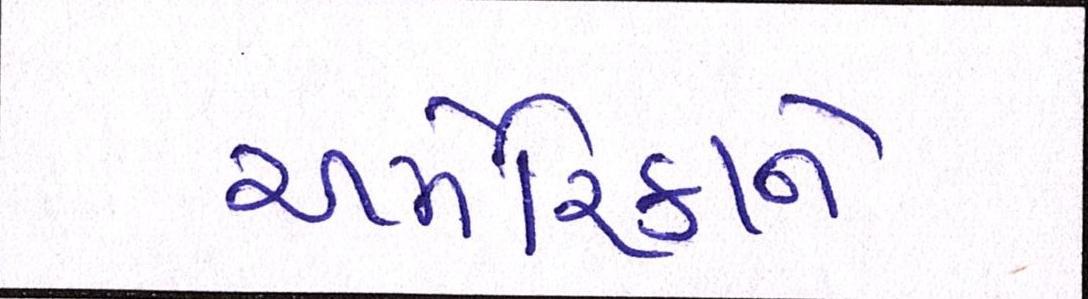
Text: અમેરિકાને